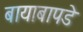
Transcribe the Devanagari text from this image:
बायाबापडे